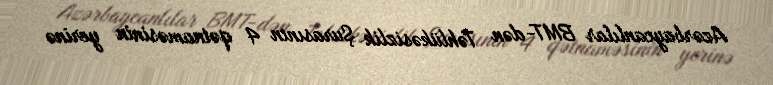
Azərbaycanlılar BMT-dən Təhlükəsizlik Şurasının 4 qətnaməsinin yerinə